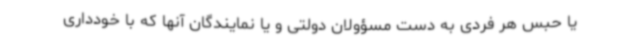
یا حبس هر فردی به دست مسؤولان دولتی و یا نمایندگان آنها که با خودداری